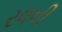
રવની